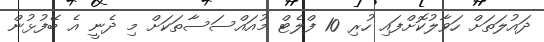
ދައުލަތަށް ހަވާލުކޮށްފައި ހުރި 10 ފްލެޓް މުއައްސަސާތަކަށް މި ދެނީ އެ ބޭފުޅުން